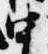
中